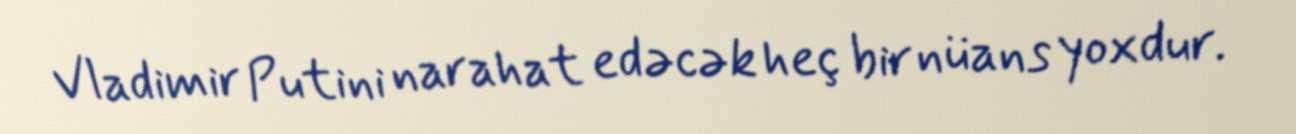
Vladimir Putini narahat edəcək heç bir nüans yoxdur.